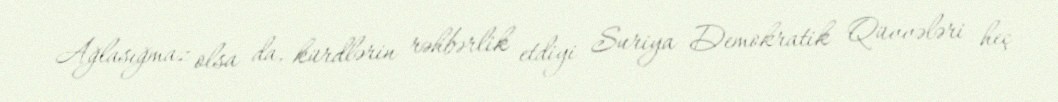
Ağlasığmaz olsa da, kürdlərin rəhbərlik etdiyi Suriya Demokratik Qüvvələri heç